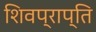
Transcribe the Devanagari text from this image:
शिवप्राप्ति